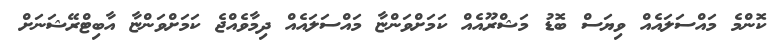
ކޮންމެ މައްސަލައެއް ވިޔަސް ބޮޑު މަޝްރޫއެއް ކަމަށްވަންޏާ މައްސަލައެއް ދިމާވެއްޖެ ކަމަށްވަންޏާ އާބިޓްރޭޝަނަށް